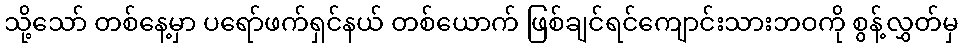
သို့သော် တစ်နေ့မှာ ပရော်ဖက်ရှင်နယ် တစ်ယောက် ဖြစ်ချင်ရင်ကျောင်းသားဘဝကို စွန့်လွှတ်မှ